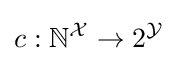
c:\mathbb {N} ^{\mathcal {X}}\rightarrow 2^{\mathcal {Y}}